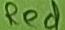
Text: RED